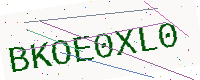
Text: BKOE0XL0